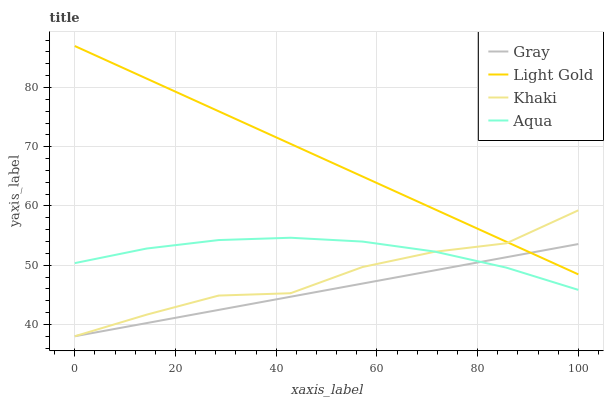
| xaxis_label | Gray | Light Gold | Khaki | Aqua |
 | --- | --- | --- | --- | --- |
 | 0 | 38 | 87 | 38 | 50.3 |
 | 14.3 | 40.2 | 81.5 | 41.6 | 52.8 |
 | 28.6 | 42.4 | 76 | 44.9 | 54.2 |
 | 42.9 | 44.7 | 70.5 | 45.3 | 54.6 |
 | 57.1 | 46.9 | 65 | 49.7 | 54 |
 | 71.4 | 49.1 | 59.5 | 52.3 | 52.3 |
 | 85.7 | 51.3 | 54 | 53.7 | 49.6 |
 | 100 | 53.6 | 48.4 | 59.3 | 45.8 |